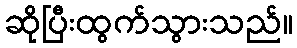
ဆိုပြီးထွက်သွားသည်။